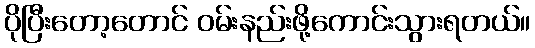
ပိုပြီးတော့တောင် ဝမ်းနည်းဖို့ကောင်းသွားရတယ်။